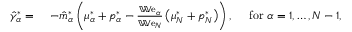
\begin{array} { r l } { \hat { \gamma } _ { \alpha } ^ { * } = } & { ~ - \hat { m } _ { \alpha } ^ { * } \left( \mu _ { \alpha } ^ { * } + p _ { \alpha } ^ { * } - \frac { \mathbb { W } \mathrm { e } _ { \alpha } } { \mathbb { W } \mathrm { e } _ { N } } \left( \mu _ { N } ^ { * } + p _ { N } ^ { * } \right) \right) , \quad \mathrm { ~ f o r ~ } \alpha = 1 , \dots , N - 1 , } \end{array}